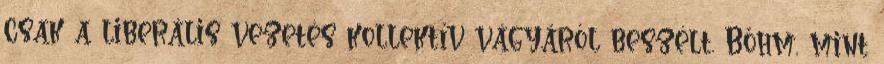
csak a liberális vezetés kollektív vágyáról beszélt. Bőhm, mint